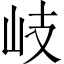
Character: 岐